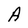
Character: A